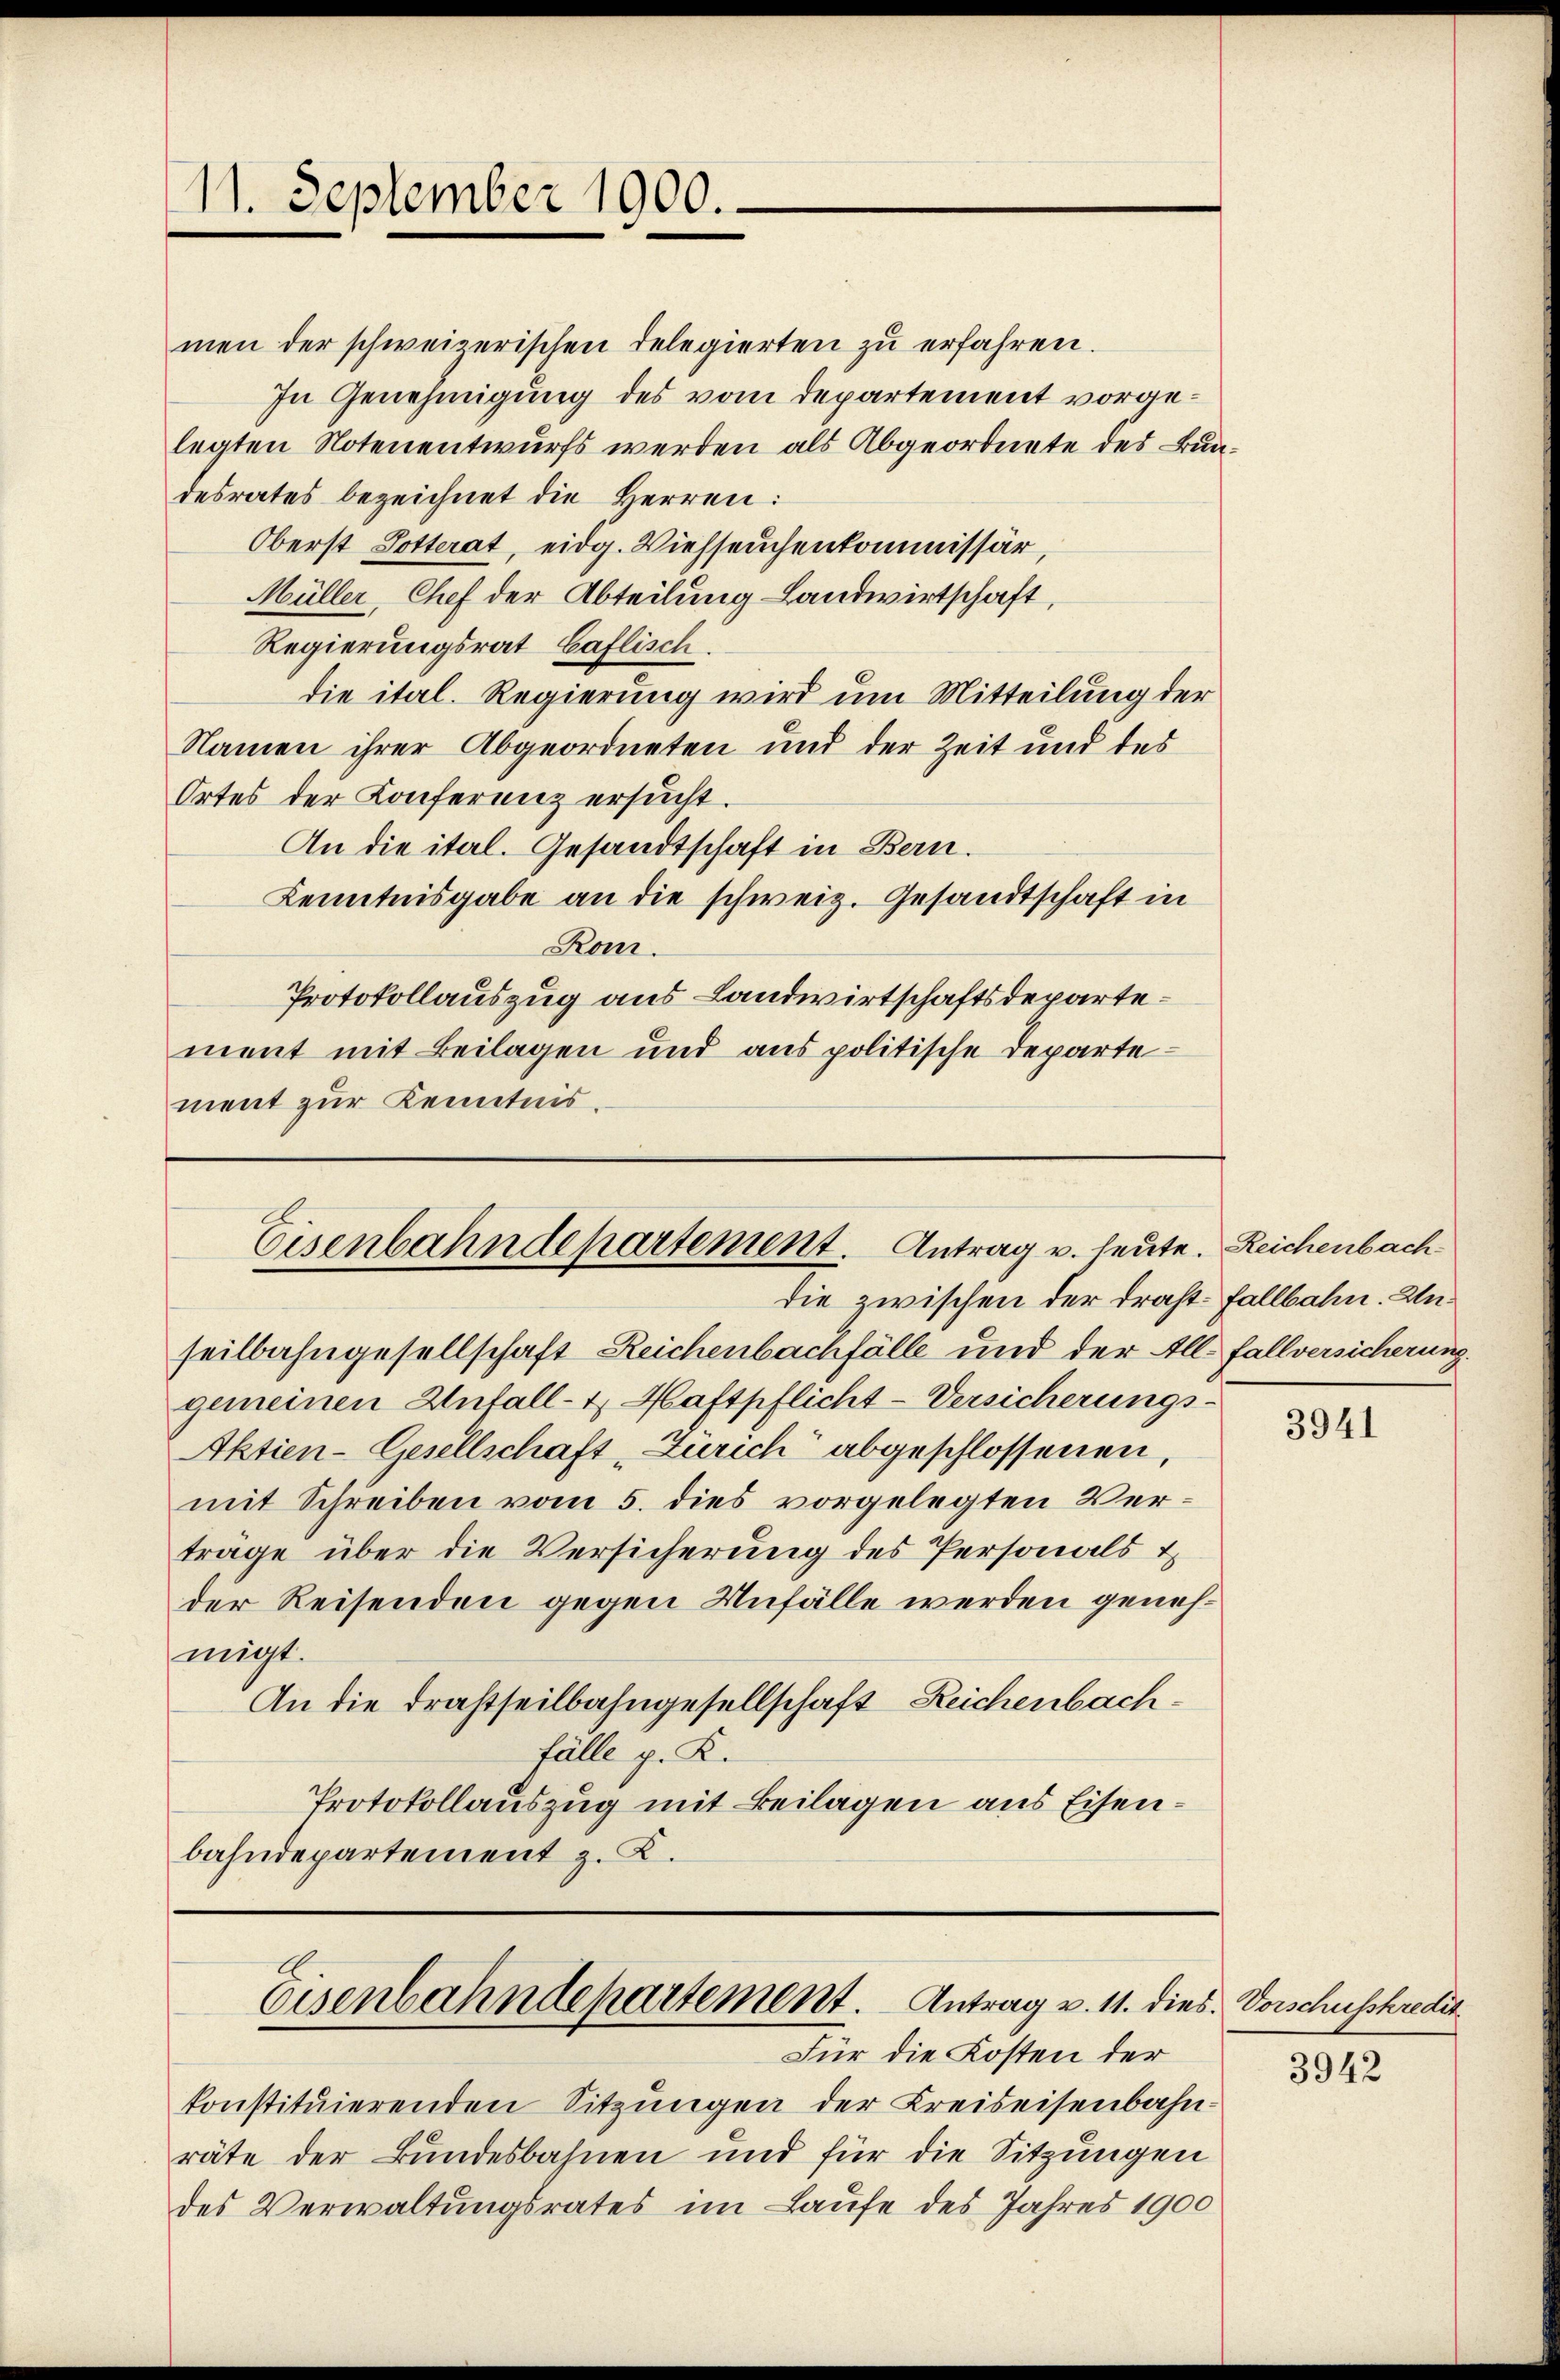
11. September 1900.

Eisenbahndepartement. Antrag u. heute. Reichenbach¬

men der schweizerischen Delegierten zu erfahren.
In Genehmigung des vom Departement vorgelegten Notenentwurfs werden als Abgeordnete des Bundesrates bezeichnet die Herren:
Oberst Dotterat, eidg. Viehseuchenkommissär,
Müller, Chef der Abteilung Landwirtschaft,
Regierungsrat Caflisch.
die ital. Regierung wird um Mitteilung der
Namen ihrer Abgeordneten und der Zeit und des
Ortes der Konferenz ersucht.
An die ital. Gesandtschaft in Bern.
Kenntnisgabe an die schweiz. Gesandtschaft in
Rom.
Protokollauszug aus Landwirtschaftsdepartement mit Beilagen und aus politische Departement zur Kenntnis.

die zwischen der drast-Fallbahn. Unseilbahngesellschaft Reichenbachfälle und der Allfallversicherung.
gemeinen Unfall- u. Haftpflicht-Versicherungs¬
Aktien-Gesellschaft Zürich abgeschlossenen,
mit Schreiben vom 5. dies vorgelegten Vertrage über die Versicherung des Personals &
der Reisenden gegen Unfälle werden genehmigt.
An die drastheilbahngesellschaft Zeichenbachfälle p. K.
Protokollauszug mit Beilagen aus Eisenbahndepartement z. K.

Eisenbahndepartement. Antrag v. 11. dies. Vorschusskredit

Für die Kosten der
konstituierenden Sitzungen der Kreiseisenbahnräte der Bundesbahnen und für die Sitzungen
des Verwaltungsrates im Laufe des Jahres 1900

3941

3942